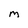
Character: M